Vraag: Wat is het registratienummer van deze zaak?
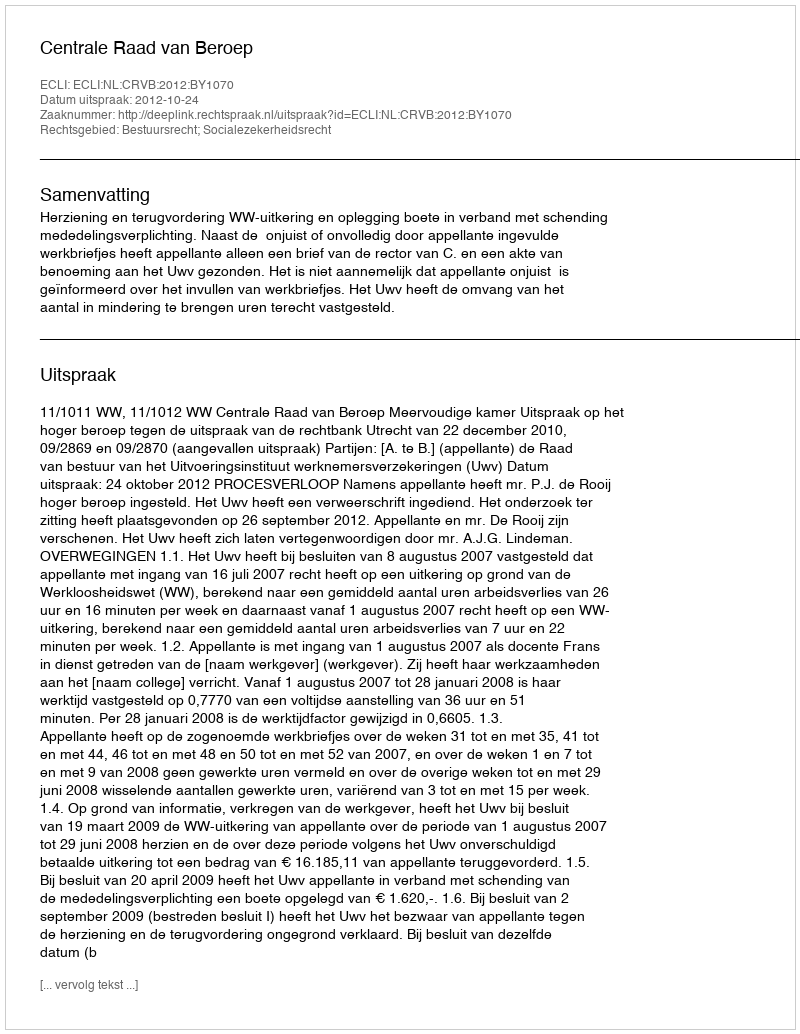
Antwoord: http://deeplink.rechtspraak.nl/uitspraak?id=ECLI:NL:CRVB:2012:BY1070